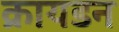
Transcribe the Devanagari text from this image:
क्रायडन